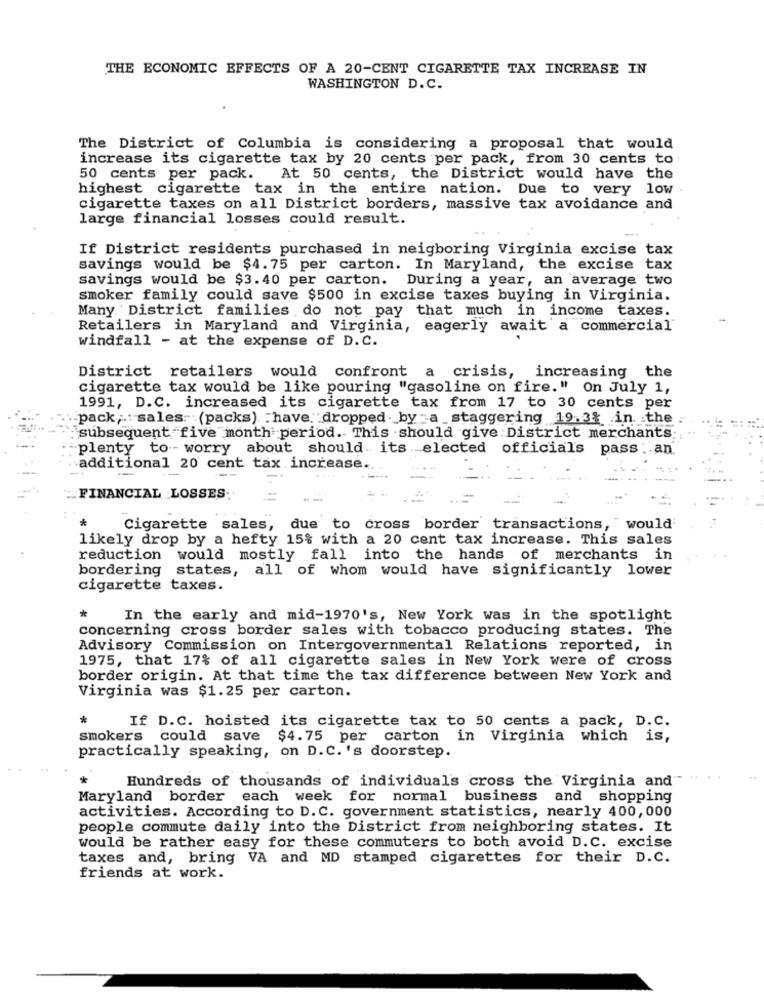
THE ECONOMIC EFFECTS OF A 20-CENT CIGARETTE TAX INCREASE IN
WASHINGTON D.C.
The District of Columbia is considering a proposal that would
increase its cigarette tax by 20 cents per pack, from 30 cents to
50 cents per pack. At 50 cents, the District would have the
highest cigarette tax in the entire nation. Due to very low .
cigarette taxes on all District borders, massive tax avoidance and
large financial losses could result.
If District residents purchased in neigboring Virginia excise tax
savings would be $4.75 per carton. In Maryland, the excise tax
savings would be $3.40 per carton. During a year, an average two
smoker family could save $500 in excise taxes buying in Virginia.
Many District families do not pay that much in income taxes.
Retailers in Maryland and Virginia, eagerly await a commercial
windfall - at the expense of D.C.
District retailers would confront a crisis, increasing the
cigarette tax would be like pouring "gasoline on fire." On July 1,
1991, D.C. increased its cigarette tax from 17 to 30 cents per
pack; sales. (packs) have dropped. by -a _staggering 19.3% in. the
subsequent five month period.This should give District merchants:
plenty to - worry about should its elected officials pass .. an
additional 20 cent tax increase ..
FINANCIAL LOSSES:
Cigarette sales, due to cross border transactions, would
likely drop by a hefty 15% with a 20 cent tax increase. This sales
reduction would mostly fall into the hands of merchants in
bordering states, all of whom would have significantly lower
cigarette taxes.
In the early and mid-1970's, New York was in the spotlight
concerning cross border sales with tobacco producing states. The
Advisory Commission on Intergovernmental Relations reported, in
1975, that 17% of all cigarette sales in New York were of cross
border origin. At that time the tax difference between New York and
Virginia was $1.25 per carton.
*
If D.C. hoisted its cigarette tax to 50 cents a pack, D.C.
smokers could save
$4.75 per carton in Virginia which is,
practically speaking, on D.C. 's doorstep.
Hundreds of thousands of individual's cross the Virginia and"
Maryland border each week for normal business and shopping
activities. According to D. C. government statistics, nearly 400,000
people commute daily into the District from neighboring states. It
would be rather easy for these commuters to both avoid D.C. excise
taxes and, bring VA and MD stamped cigarettes for their D.C.
friends at work.